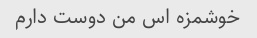
خوشمزه اس من دوست دارم